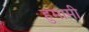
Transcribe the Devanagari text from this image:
हुमामी